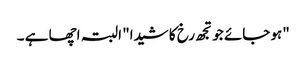
"ہو جائے جو تجھ رخ کا شیدا" البتہ اچھا ہے ۔